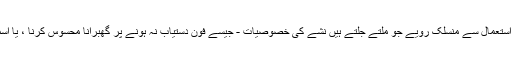
ہم سمارٹ فون اسمارٹ فون کے استعمال کی وضاحت کرتے ہیں کیوں کہ اسمارٹ فون کے استعمال سے منسلک رویے جو ملتے جلتے ہیں نشے کی خصوصیات - جیسے فون دستیاب نہ ہونے پر گھبرانا محسوس کرنا ، یا اسمارٹ فون کا استعمال کرتے ہوئے بہت زیادہ وقت خرچ کرنا ، اکثر دوسروں کے نقصان پر۔